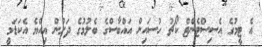
އެ ޓީމުގެ އެސިސްޓެންޓް ކޯޗު ހުސައިން އައްބާސްގެ ބެލުމުގެ ދަށުން އިއްޔެ އެކަޑަމީ